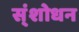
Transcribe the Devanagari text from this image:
स्ंशोधन